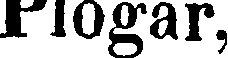
Plogar,